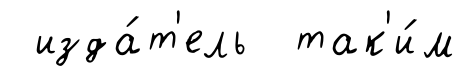
изда́т'ель так'и́м